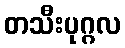
တသီးပုဂ္ဂလ